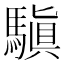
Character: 𩥄